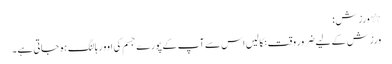
٭ ورزش :
ورزش کے لیے ضرور وقت نکالیں اس سے آپ کے پورے جسم کی اوور ہالنگ ہوجاتی ہے ۔